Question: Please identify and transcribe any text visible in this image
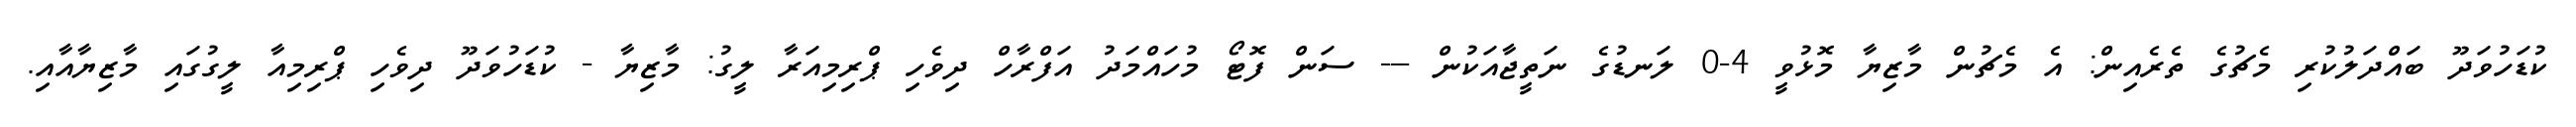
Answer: ކުޑަހުވަދޫ ބައްދަލުކުރި މެޗުގެ ތެރެއިން: އެ މެޗުން މާޒިޔާ މޮޅުވީ 4-0 ލަނޑުގެ ނަތީޖާއަކުން --- ސަން ފޮޓޯ މުހައްމަދު އަފްރާހް ދިވެހި ޕްރިމިއަރާ ލީގު: މާޒިޔާ - ކުޑަހުވަދޫ ދިވެހި ޕްރިމިއާ ލީގުގައި މާޒިޔާއާއި.